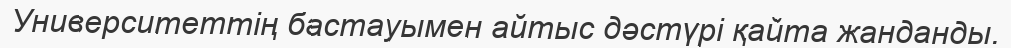
Университеттің бастауымен айтыс дәстүрі қайта жанданды.